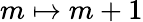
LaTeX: m\mapsto m+1